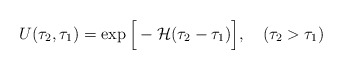
\begin{align*}U(\tau_2, \tau_1)=\exp \Big[-{\cal H}(\tau_2-\tau_1)\Big], \quad (\tau_2>\tau_1)\end{align*}